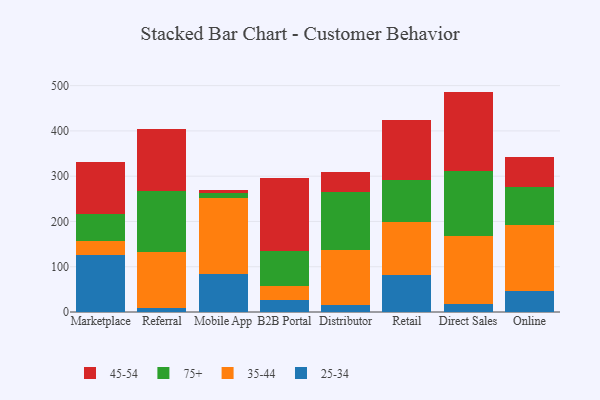
{"axis": {"x": "Channel", "y": "Net Income (USD K)"}, "legend": ["25-34", "35-44", "45-54", "75+"], "data": [{"x": "Marketplace", "y": 125.7, "type": "25-34"}, {"x": "Marketplace", "y": 30.4, "type": "35-44"}, {"x": "Marketplace", "y": 60.0, "type": "75+"}, {"x": "Marketplace", "y": 114.5, "type": "45-54"}, {"x": "Referral", "y": 7.9, "type": "25-34"}, {"x": "Referral", "y": 123.9, "type": "35-44"}, {"x": "Referral", "y": 134.6, "type": "75+"}, {"x": "Referral", "y": 138.6, "type": "45-54"}, {"x": "Mobile App", "y": 83.1, "type": "25-34"}, {"x": "Mobile App", "y": 168.7, "type": "35-44"}, {"x": "Mobile App", "y": 10.4, "type": "75+"}, {"x": "Mobile App", "y": 6.2, "type": "45-54"}, {"x": "B2B Portal", "y": 26.3, "type": "25-34"}, {"x": "B2B Portal", "y": 31.5, "type": "35-44"}, {"x": "B2B Portal", "y": 77.9, "type": "75+"}, {"x": "B2B Portal", "y": 159.3, "type": "45-54"}, {"x": "Distributor", "y": 16.4, "type": "25-34"}, {"x": "Distributor", "y": 120.3, "type": "35-44"}, {"x": "Distributor", "y": 127.7, "type": "75+"}, {"x": "Distributor", "y": 45.0, "type": "45-54"}, {"x": "Retail", "y": 80.9, "type": "25-34"}, {"x": "Retail", "y": 117.1, "type": "35-44"}, {"x": "Retail", "y": 93.5, "type": "75+"}, {"x": "Retail", "y": 133.1, "type": "45-54"}, {"x": "Direct Sales", "y": 17.2, "type": "25-34"}, {"x": "Direct Sales", "y": 150.1, "type": "35-44"}, {"x": "Direct Sales", "y": 144.4, "type": "75+"}, {"x": "Direct Sales", "y": 175.1, "type": "45-54"}, {"x": "Online", "y": 45.5, "type": "25-34"}, {"x": "Online", "y": 146.2, "type": "35-44"}, {"x": "Online", "y": 84.9, "type": "75+"}, {"x": "Online", "y": 66.5, "type": "45-54"}]}